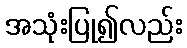
အသုံးပြု၍လည်း